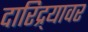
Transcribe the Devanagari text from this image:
दारिद्र्यावर